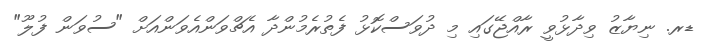
ޑރ. ނިޔާޒު ވިދާޅުވީ ރާއްޖޭގައި މި ދުވަސްކޮޅު ފެތުރެމުންދާ އެޗްވަންއެވަންއަށް "ސުވަން ފުލޫ"